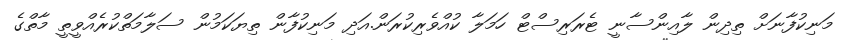
މަނިކުފާނަށް ތިދިން ލާއިންސާނީ ޓެރަރިސްޓް ހަމަލާ ކުއްވެރިކުރަން.އަދި މަނިކުފާން ތިޔަކަމުން ސަލާމަތްކުރެއްވީތީ މާތްގެ